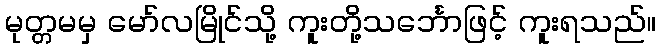
မုတ္တမမှ မော်လမြိုင်သို့ ကူးတို့သင်္ဘောဖြင့် ကူးရသည်။